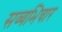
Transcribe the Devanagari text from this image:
सव्यभिचार